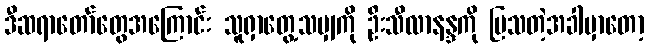
ဒီဆရာတော်တွေအကြောင်း သူရှာတွေ့သမျှကို ဦးသီလာနန္ဒကို ပြသတဲ့အခါမှာတော့